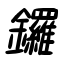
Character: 鑼